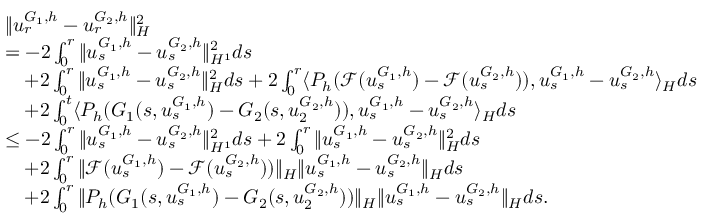
\begin{array} { r l } & { \| u _ { r } ^ { G _ { 1 } , h } - u _ { r } ^ { G _ { 2 } , h } \| _ { H } ^ { 2 } } \\ & { = - 2 \int _ { 0 } ^ { r } \| u _ { s } ^ { G _ { 1 } , h } - u _ { s } ^ { G _ { 2 } , h } \| _ { H ^ { 1 } } ^ { 2 } d s } \\ & { \quad + 2 \int _ { 0 } ^ { r } \| u _ { s } ^ { G _ { 1 } , h } - u _ { s } ^ { G _ { 2 } , h } \| _ { H } ^ { 2 } d s + 2 \int _ { 0 } ^ { r } \langle P _ { h } ( \mathcal { F } ( u _ { s } ^ { G _ { 1 } , h } ) - \mathcal { F } ( u _ { s } ^ { G _ { 2 } , h } ) ) , u _ { s } ^ { G _ { 1 } , h } - u _ { s } ^ { G _ { 2 } , h } \rangle _ { H } d s } \\ & { \quad + 2 \int _ { 0 } ^ { t } \langle P _ { h } ( G _ { 1 } ( s , u _ { s } ^ { G _ { 1 } , h } ) - G _ { 2 } ( s , u _ { 2 } ^ { G _ { 2 } , h } ) ) , u _ { s } ^ { G _ { 1 } , h } - u _ { s } ^ { G _ { 2 } , h } \rangle _ { H } d s } \\ & { \leq - 2 \int _ { 0 } ^ { r } \| u _ { s } ^ { G _ { 1 } , h } - u _ { s } ^ { G _ { 2 } , h } \| _ { H ^ { 1 } } ^ { 2 } d s + 2 \int _ { 0 } ^ { r } \| u _ { s } ^ { G _ { 1 } , h } - u _ { s } ^ { G _ { 2 } , h } \| _ { H } ^ { 2 } d s } \\ & { \quad + 2 \int _ { 0 } ^ { r } \| \mathcal { F } ( u _ { s } ^ { G _ { 1 } , h } ) - \mathcal { F } ( u _ { s } ^ { G _ { 2 } , h } ) ) \| _ { H } \| u _ { s } ^ { G _ { 1 } , h } - u _ { s } ^ { G _ { 2 } , h } \| _ { H } d s } \\ & { \quad + 2 \int _ { 0 } ^ { r } \| P _ { h } ( G _ { 1 } ( s , u _ { s } ^ { G _ { 1 } , h } ) - G _ { 2 } ( s , u _ { 2 } ^ { G _ { 2 } , h } ) ) \| _ { H } \| u _ { s } ^ { G _ { 1 } , h } - u _ { s } ^ { G _ { 2 } , h } \| _ { H } d s . } \end{array}